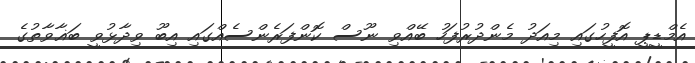
އެމްޑީޕީ އޮފީހުގައި މިއަދު މެންދުރުފަހު ބޭއްވި ނޫސް ކޮންފަރެންސެއްގައި އިބޫ ވިދާޅުވީ ބަޣާވާތުގެ